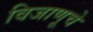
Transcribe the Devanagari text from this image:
विजाणूचे